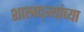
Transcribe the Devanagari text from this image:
शास्त्रद्न्यांच्या